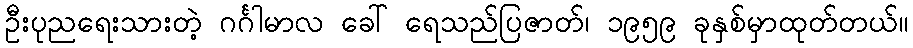
ဦးပုညရေးသားတဲ့ ဂင်္ဂါမာလ ခေါ် ရေသည်ပြဇာတ်၊ ၁၉၅၉ ခုနှစ်မှာထုတ်တယ်။